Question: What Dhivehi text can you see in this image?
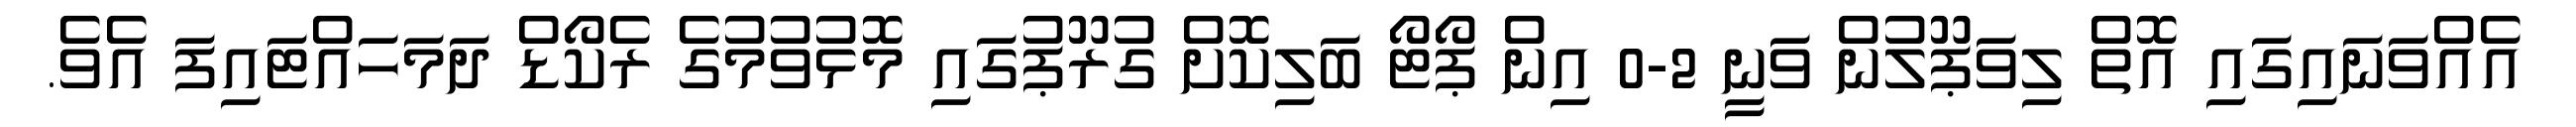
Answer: އެއްވަނައިގައި އޮތް ލިވަޕޫލުން ވަނީ 2-0 އިން ޕޯޓޯ ބަލިކޮށް ގުރޫޕުގައި މޮޅުވުމުގެ ރެކޯޑް ދަމަހައްޓައިފަ އެވެ.